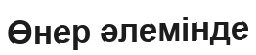
Өнер әлемінде